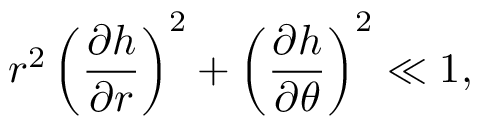
r ^ { 2 } \left( \frac { \partial h } { \partial r } \right) ^ { 2 } + \left( \frac { \partial h } { \partial \theta } \right) ^ { 2 } \ll 1 ,